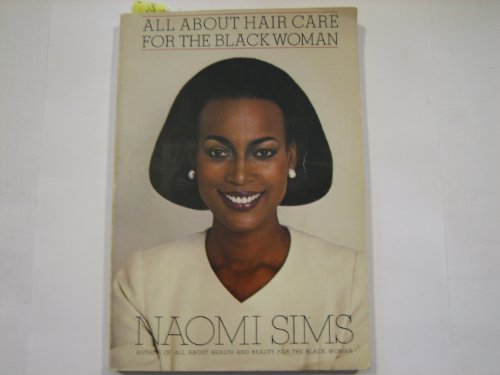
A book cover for All About Hair Care for the Black Woman; Naomi Sims; Health, Fitness & Dieting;